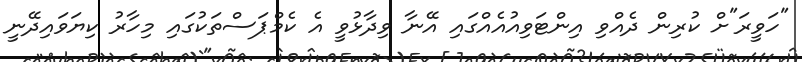
"ހަވީރަ"ށް ކުރިން ދެއްވި އިންޓަވިއުއެއްގައި އޭނާ ވިދާޅުވީ އެ ކެމްޕަސްތަކުގައި މިހާރު ކިޔަވައިދޭނީ